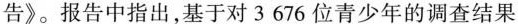
告》。报告中指出，基于对3 676位青少年的调查结果